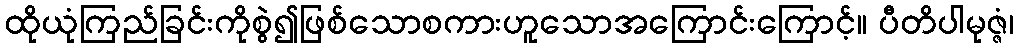
ထိုယုံကြည်ခြင်းကိုစွဲ၍ဖြစ်သောစကားဟူသောအကြောင်းကြောင့်။ ပီတိပါမုဇ္ဇံ၊